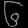
Digit: ၆